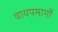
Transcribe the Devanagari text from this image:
वायपमार्गों